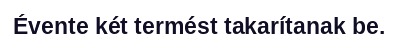
Évente két termést takarítanak be.